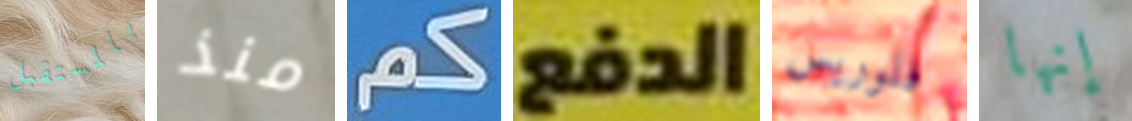
بالمستقبل منذ كم الدفع فلوريس إنها